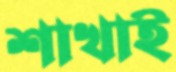
শাখাই